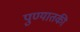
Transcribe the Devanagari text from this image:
पुण्यातकी